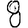
Digit: 8